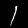
Digit: 1